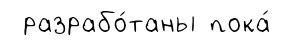
разрабо́таны пока́